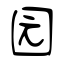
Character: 园